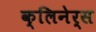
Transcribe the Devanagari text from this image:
क्लिनेर्स